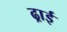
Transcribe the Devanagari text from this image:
ढ्राई